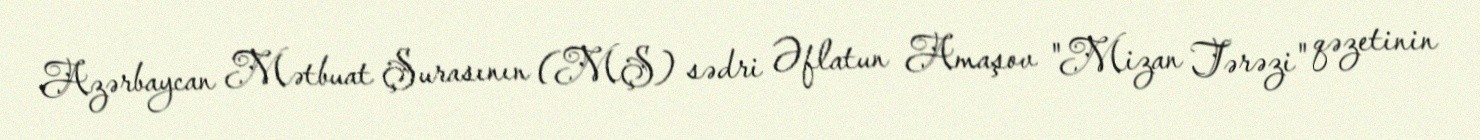
Azərbaycan Mətbuat Şurasının (MŞ) sədri Əflatun Amaşov "Mizan Tərəzi" qəzetinin